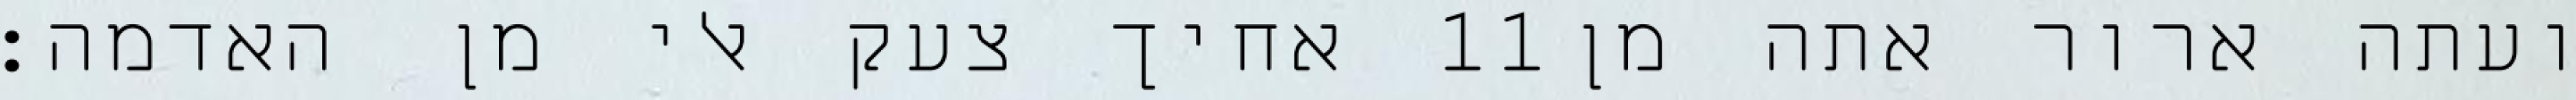
אחיך צעק אלי מן האדמה׃ ‎11‏ ועתה ארור אתה מן